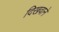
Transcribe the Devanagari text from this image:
दिखवाने